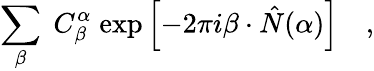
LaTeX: \sum_{\beta}\; C_{\beta}^{\alpha}\; \mathrm{exp}\left[-2\pi i\beta\cdot\hat{N}(\alpha)\right]\quad,